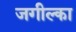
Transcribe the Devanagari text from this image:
जगील्का